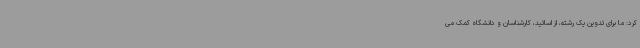
کرد: ما برای تدوین یک رشته، از اساتید، کارشناسان و دانشگاه کمک می